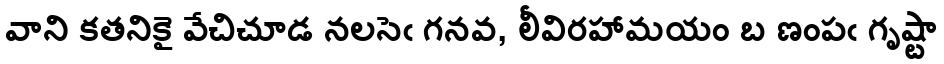
వాని కతనికై వేచిచూడ నలసెఁ గనవ, లీవిరహామయం బ ణంపఁ గృష్టా